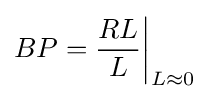
BP={\frac {RL}{L}}{\bigg |}_{L\approx 0}